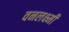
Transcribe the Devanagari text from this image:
वनलक्ष्मी